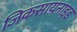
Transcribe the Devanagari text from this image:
जिकसायनाइड